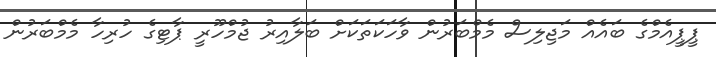
ޕީޕީއެމްގެ ބައެއް މަޖިލިސް މެމްބަރުން ވާހަކަތަކަށް ބަލާއިރު ޖުމްހޫރީ ޕާޓިގެ ހުރިހާ މެމްބަރުން